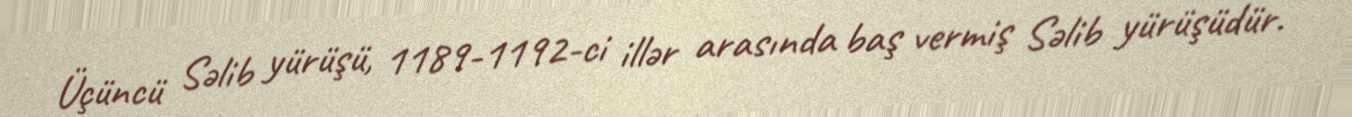
Üçüncü Səlib yürüşü, 1189-1192-ci illər arasında baş vermiş Səlib yürüşüdür.